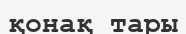
қонақ тары